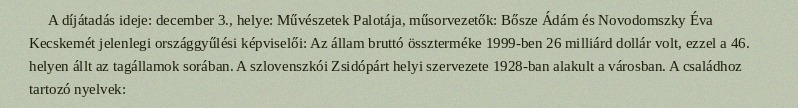
A díjátadás ideje: december 3., helye: Művészetek Palotája, műsorvezetők: Bősze Ádám és Novodomszky Éva Kecskemét jelenlegi országgyűlési képviselői: Az állam bruttó összterméke 1999-ben 26 milliárd dollár volt, ezzel a 46. helyen állt az tagállamok sorában. A szlovenszkói Zsidópárt helyi szervezete 1928-ban alakult a városban. A családhoz tartozó nyelvek: